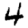
Digit: 4